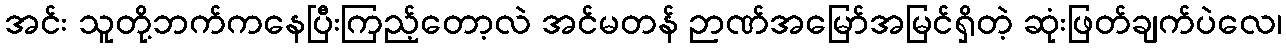
အင်း သူတို့ဘက်ကနေပြီးကြည့်တော့လဲ အင်မတန် ဉာဏ်အမြော်အမြင်ရှိတဲ့ ဆုံးဖြတ်ချက်ပဲလေ၊